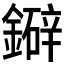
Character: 𫓅